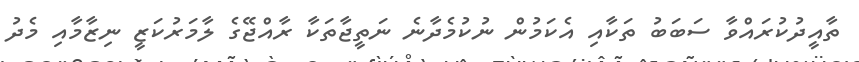
ތާއީދުކުރައްވާ ސަބަބު ތަކާއި އެކަމުން ނުކުމެދާނެ ނަތީޖާތަކާ ރާއްޖޭގެ ލާމަރުކަޒީ ނިޒާމާއި މެދު